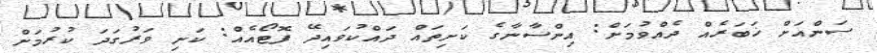
ސަންއަށް ޚަބަރެއް ދެއްވުމަށް: އިންސާނާގެ ކަށިތައް ދައްކުވައިދޭ ފޮޓޯއެއް: ކަށި ވަރުގަދަ ކުރުމަށް